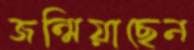
জন্মিয়াছেন